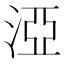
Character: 𣵾